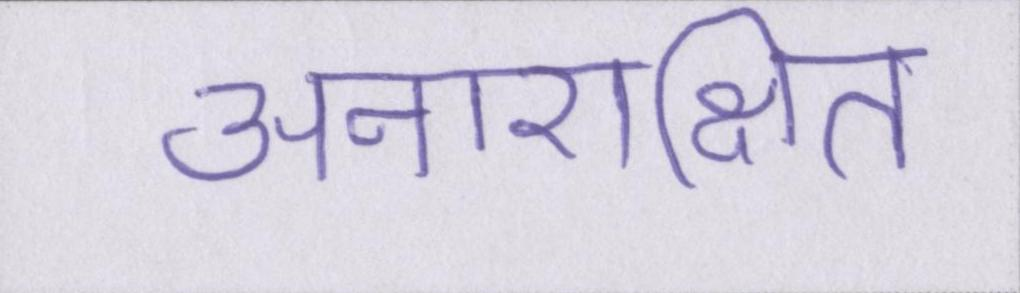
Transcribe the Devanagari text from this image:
अनारक्षित